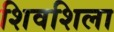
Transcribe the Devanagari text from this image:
शिवशिला